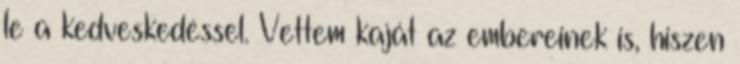
le a kedveskedéssel. Vettem kaját az embereinek is, hiszen